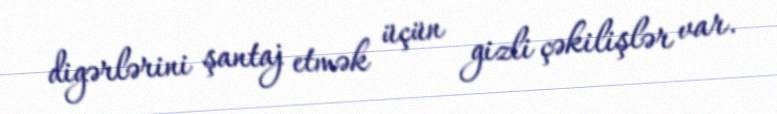
digərlərini şantaj etmək üçün gizli çəkilişlər var.